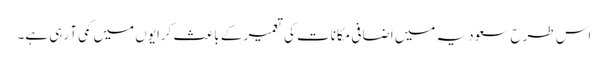
اس طرح سعودیہ میں اضافی مکانات کی تعمیر کے باعث کرایوں میں کمی آ رہی ہے۔